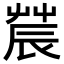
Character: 𨑆